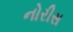
નોરીસ